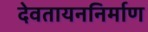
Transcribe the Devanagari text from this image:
देवतायननिर्माण